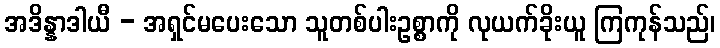
အဒိန္နာဒါယီ - အရှင်မပေးသော သူတစ်ပါးဥစ္စာကို လုယက်ခိုးယူ ကြကုန်သည်၊